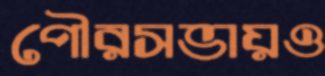
পৌরসভায়ও